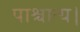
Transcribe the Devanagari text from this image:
पाश्चात्य।